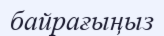
байрағыңыз